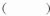
（）